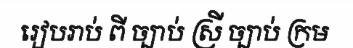
រៀបរាប់ ពី ច្បាប់ ស្រី ច្បាប់ ក្រម